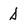
Character: d